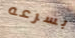
بسرعه